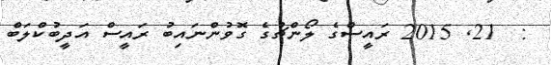
:  21